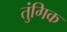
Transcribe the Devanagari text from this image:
तुंगिक